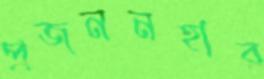
প্রজননহার